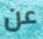
عن